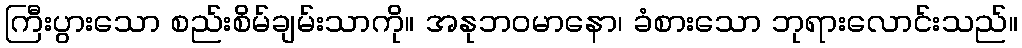
ကြီးပွားသော စည်းစိမ်ချမ်းသာကို။ အနုဘဝမာနော၊ ခံစားသော ဘုရားလောင်းသည်။